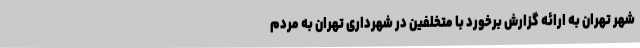
شهر تهران به ارائه گزارش برخورد با متخلفین در شهرداری تهران به مردم